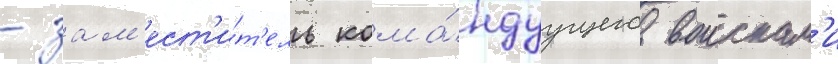
- зам'ест'и́т'ель кома́ндуущего воискам'и